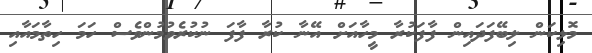
މޮޅިކަން ލިބޭފަދައިން ފާފަކުރާ މީހާއަށް އޭނާ ކުރާ ފާފަ ނުކުރެވުމުންވެސް ހަމަ ހިތާމައާއި